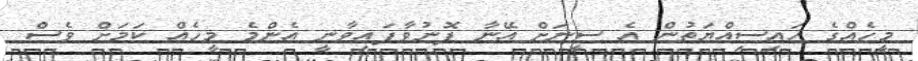
މީހެއްގެ ހައިސިއްޔަތުން އެ ސީނަށް އޭނާ ފޮނުވާފައިވާނީ އެންމެ މީހެއް ކަމަށް ވެސް